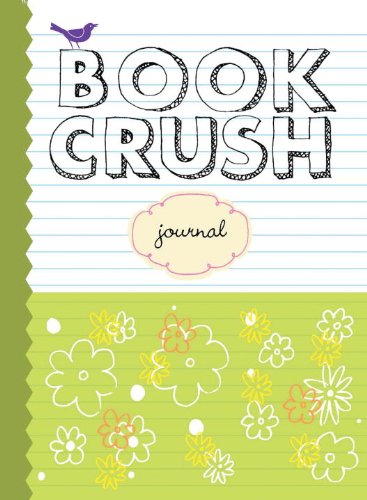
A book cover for Book Crush Journal; Nancy Pearl; Teen & Young Adult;